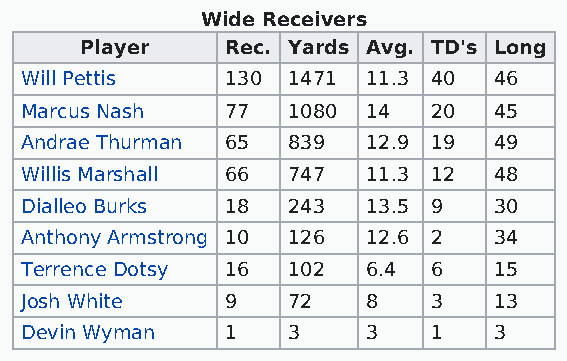
Wide Receivers
 Player    Rec. Yards Avg. TD's Long
 Will Pettis   130 1471 11.3 40  46
 Marcus Nash   77  1080 14   20  45
 Andrae Thurman 65 839  12.9 19  49
 Willis Marshall 66 747 11.3 12  48
 Dialleo Burks 18  243  13.5 9   30
 Anthony Armstrong 10 126 12.6 2 34
 Terrence Dotsy 16 102  6.4  6   15
 Josh White    9   72   8    3   13
 Devin Wyman   1   3    3    1   3